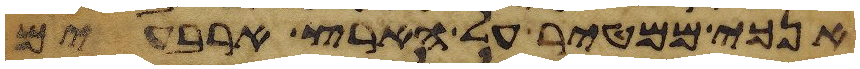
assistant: אנכי ממטיר על הארץ ארבעים